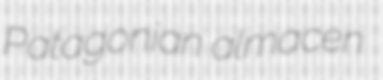
Patagonian almacen